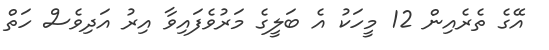
އޭގެ ތެރެއިން 12 މީހަކު އެ ބަލީގެ މަރުވެފައިވާ އިރު އަދިވެސް ހަތް